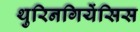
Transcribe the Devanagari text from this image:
थुरिनगियेंसिस